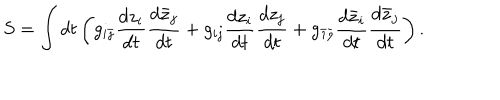
S = \int d t \left( g _ { i \bar { \jmath } } { \frac { d z _ { i } } { d t } } { \frac { d \bar { z } _ { j } } { d t } } + g _ { i j } { \frac { d z _ { i } } { d t } } { \frac { d z _ { j } } { d t } } + g _ { \bar { \imath } \bar { \jmath } } { \frac { d \bar { z } _ { i } } { d t } } { \frac { d \bar { z } _ { j } } { d t } } \right) .